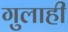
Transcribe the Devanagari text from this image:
गुलाही